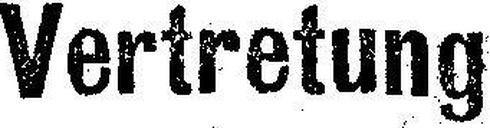
Vertretung